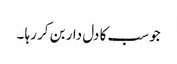
جو سب کا دل دار بن کر رہا ۔